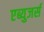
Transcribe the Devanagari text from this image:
एब्युजर्स